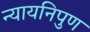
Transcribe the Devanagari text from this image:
न्यायनिपुण